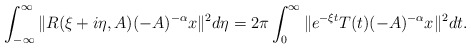
\begin{align*}\int^{\infty}_{-\infty}\|R(\xi+i\eta,A)(-A)^{-\alpha} x\|^2 d\eta&= 2\pi \int^{\infty}_0 \|e^{-\xi t} T(t)(-A)^{-\alpha} x\|^2 dt.\end{align*}